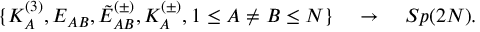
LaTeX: \{ K _ { A } ^ { ( 3 ) } , E _ { A B } , \tilde { E } _ { A B } ^ { ( \pm ) } , K _ { A } ^ { ( \pm ) } , 1 \le A \neq B \le N \} \quad \rightarrow \quad S p ( 2 N ) .